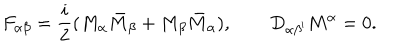
F _ { \alpha \beta } = { \frac { i } { 2 } } ( M _ { \alpha } \bar { M } _ { \beta } + M _ { \beta } \bar { M } _ { \alpha } ) , \quad \quad D _ { \alpha \beta ^ { \prime } } M ^ { \alpha } = 0 .